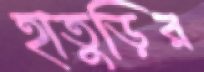
হাতুড়ির